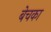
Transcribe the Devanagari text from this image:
बेचका